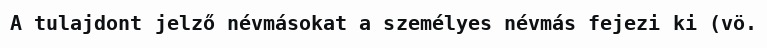
A tulajdont jelző névmásokat a személyes névmás fejezi ki (vö.